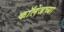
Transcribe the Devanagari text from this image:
काॅलेजच्या